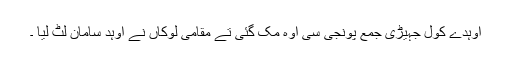
اوہدے کول جہیڑی جمع پونجی سی اوہ مک گئی تے مقامی لوکاں نے اوہد سامان لٹ لیا ۔